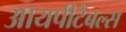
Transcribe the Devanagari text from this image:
आयपीटेबल्स